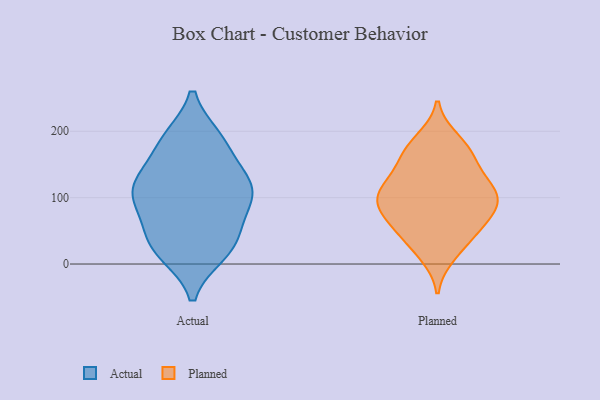
{"axis": {"x": "Revenue (USD Million)", "y": "Value"}, "legend": ["Actual", "Planned"], "data": [{"x": "", "y": 64, "type": "Actual"}, {"x": "", "y": 130, "type": "Actual"}, {"x": "", "y": 189, "type": "Actual"}, {"x": "", "y": 115, "type": "Actual"}, {"x": "", "y": 153, "type": "Actual"}, {"x": "", "y": 109, "type": "Actual"}, {"x": "", "y": 189, "type": "Actual"}, {"x": "", "y": 21, "type": "Actual"}, {"x": "", "y": 17, "type": "Actual"}, {"x": "", "y": 99, "type": "Actual"}, {"x": "", "y": 111, "type": "Actual"}, {"x": "", "y": 47, "type": "Actual"}, {"x": "", "y": 187, "type": "Actual"}, {"x": "", "y": 43, "type": "Actual"}, {"x": "", "y": 92, "type": "Actual"}, {"x": "", "y": 16, "type": "Actual"}, {"x": "", "y": 119, "type": "Actual"}, {"x": "", "y": 171, "type": "Planned"}, {"x": "", "y": 187, "type": "Planned"}, {"x": "", "y": 101, "type": "Planned"}, {"x": "", "y": 24, "type": "Planned"}, {"x": "", "y": 97, "type": "Planned"}, {"x": "", "y": 116, "type": "Planned"}, {"x": "", "y": 85, "type": "Planned"}, {"x": "", "y": 159, "type": "Planned"}, {"x": "", "y": 110, "type": "Planned"}, {"x": "", "y": 114, "type": "Planned"}, {"x": "", "y": 55, "type": "Planned"}, {"x": "", "y": 151, "type": "Planned"}, {"x": "", "y": 72, "type": "Planned"}, {"x": "", "y": 177, "type": "Planned"}, {"x": "", "y": 82, "type": "Planned"}, {"x": "", "y": 50, "type": "Planned"}, {"x": "", "y": 129, "type": "Planned"}, {"x": "", "y": 97, "type": "Planned"}, {"x": "", "y": 14, "type": "Planned"}, {"x": "", "y": 52, "type": "Planned"}]}